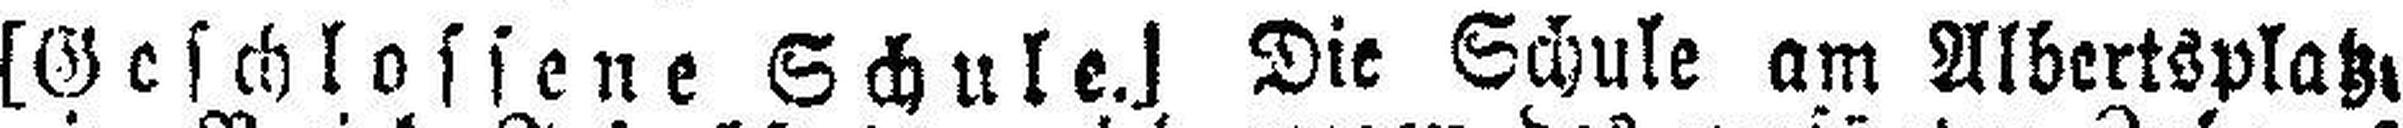
[Geschlossene Schule.] Die Schule am Albertsplatz,